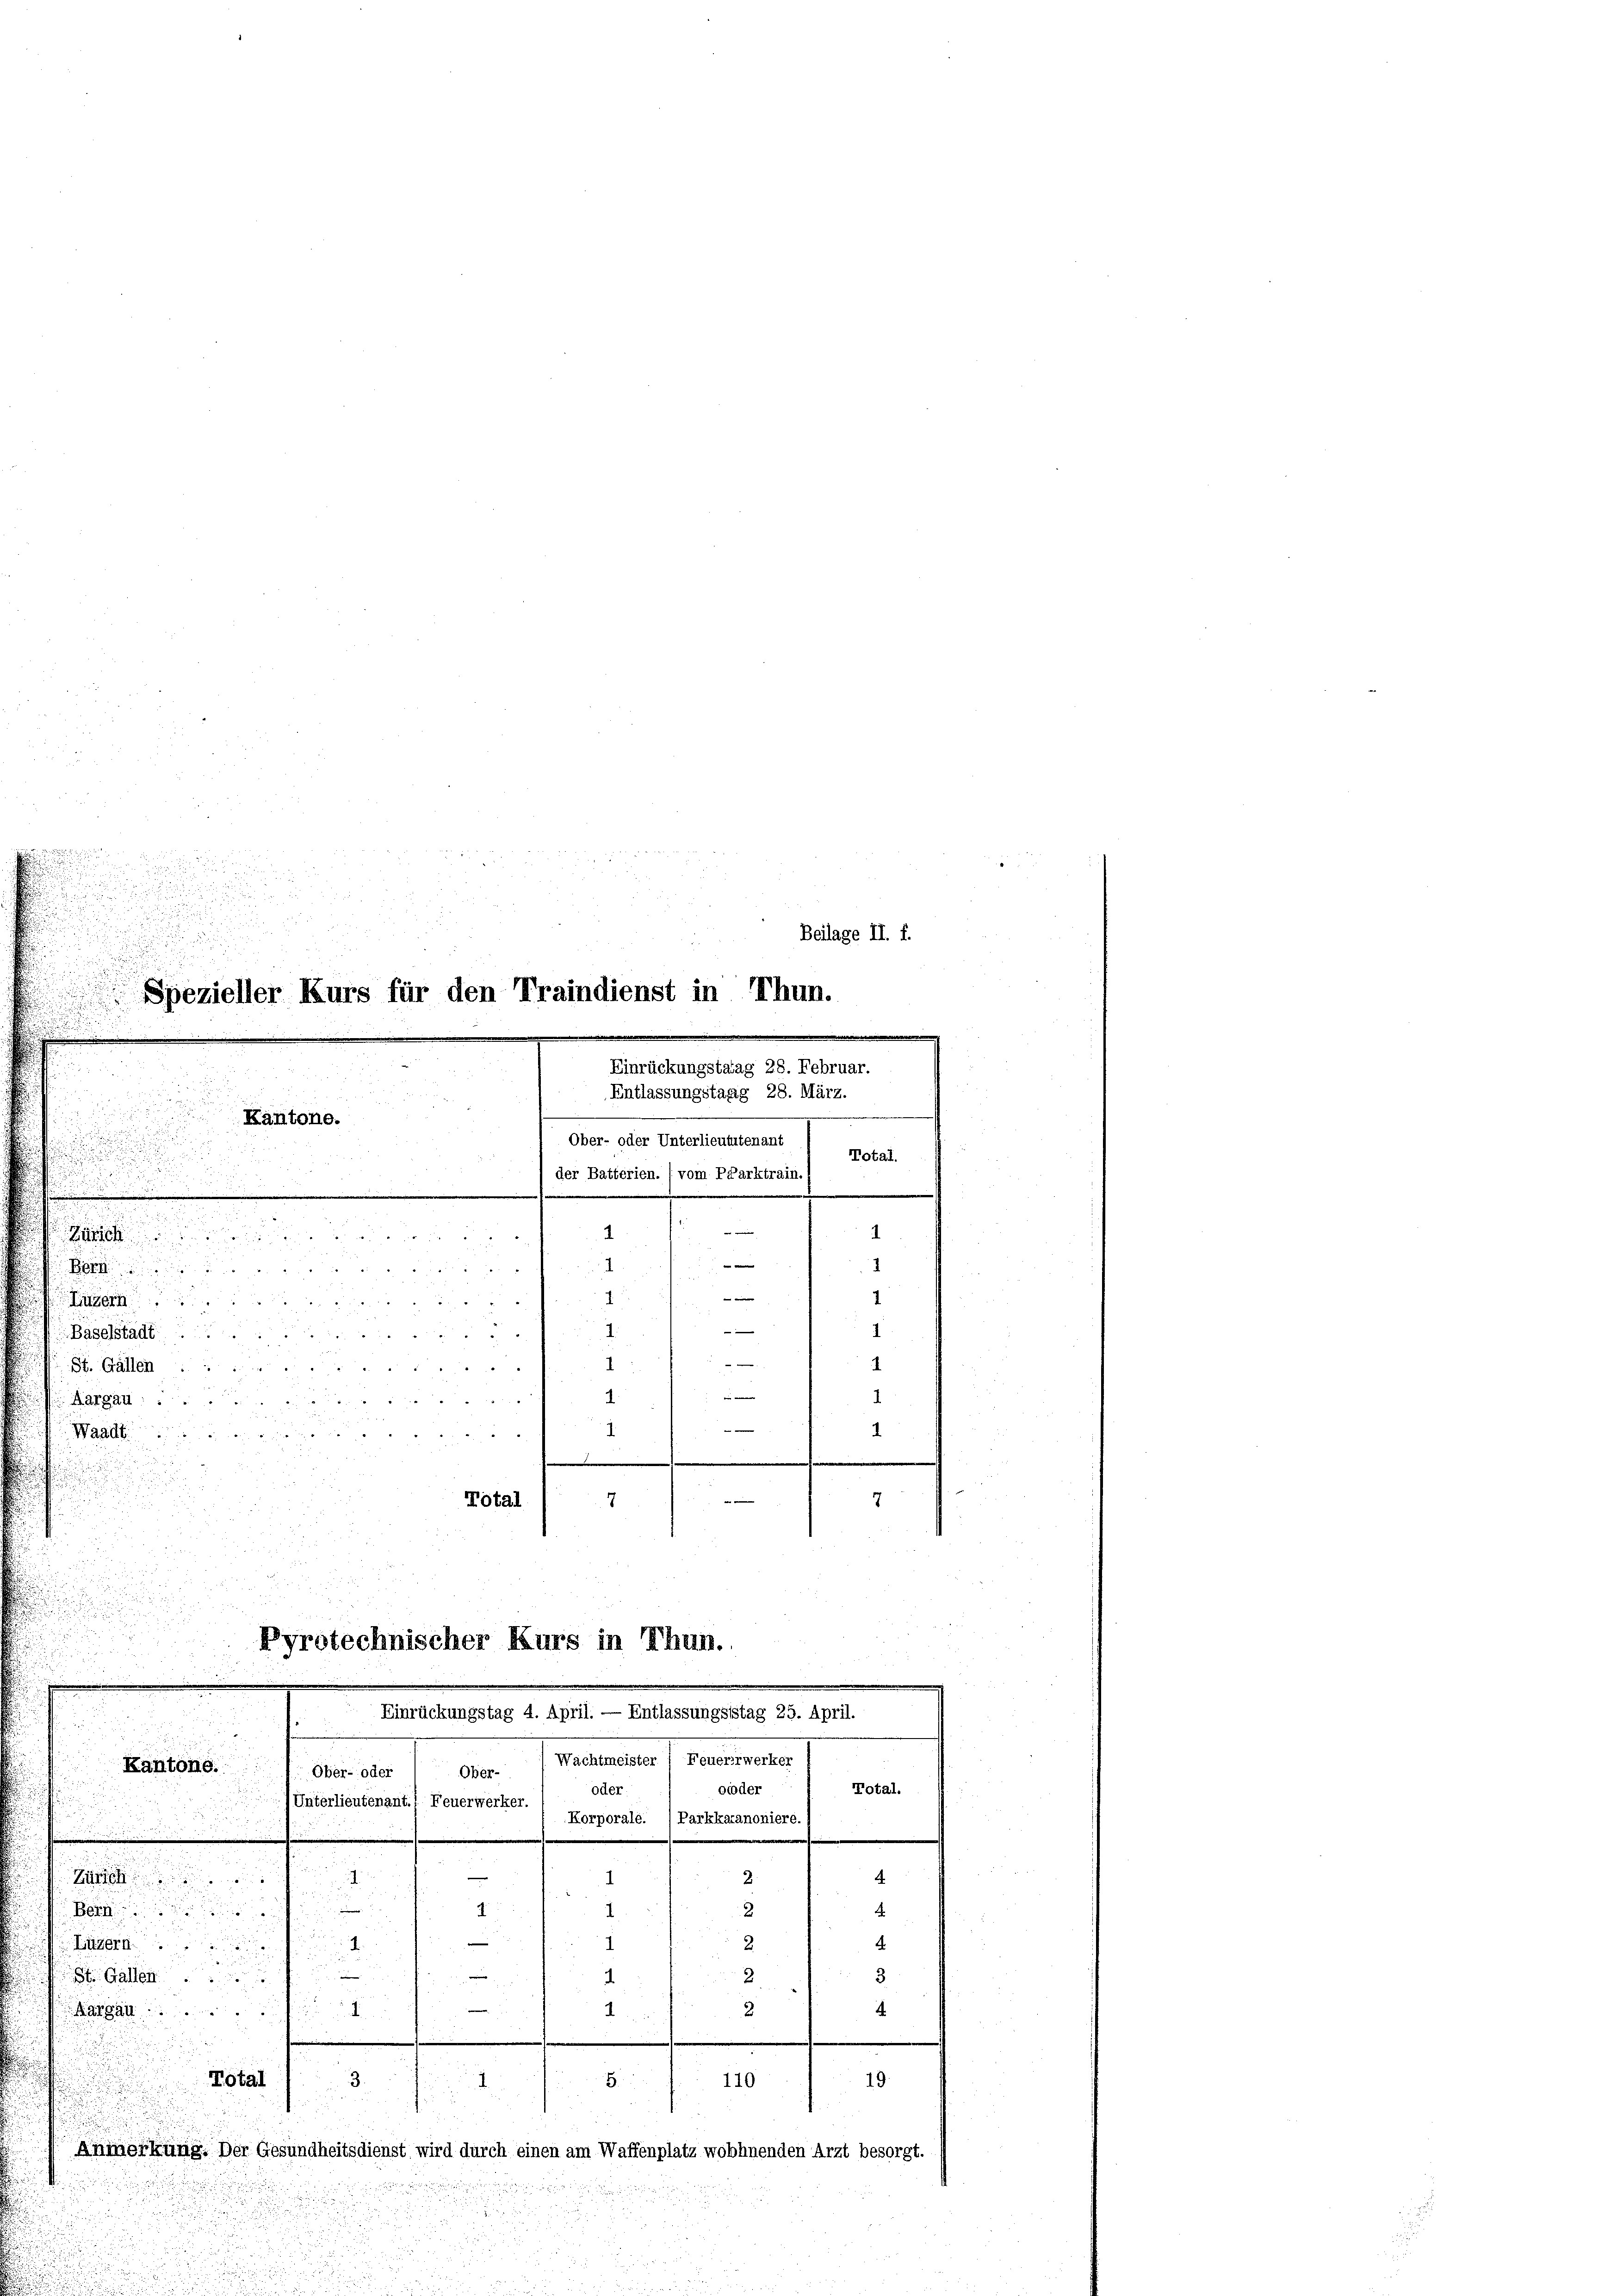
e

22 189
Beilage II. f.
Spezieller Kurs für den Traindienst in Thun.
.
.
Einrückungstatag 28. Februar.
Entlassungstaag 28. März.
f 5 x

Kantone.
u
u

Ober- oder Unterlieutenant / motal.

1
der Batterien. (vom Pfarktrain. (
.
m
.
.
—
1
4
Zürch
2
 x
B
.
—
 28
1
Luzern

1
1
Baselstadt ....

1
1
St. Gallen .....

4.
7 xxx
Aargau ....
g

8
—
Waadt

.

Total
7
7

Pyrotechnischer Kurs in Thun.
Einrückungstag 4. April. — Entlassungsfstag 25. April.
Wachtmeister 1 Feuererwerker
Kantone.
Ober- oder
Ober-

oder
ocoder
Unterlieutenant.) Feuerwerker.
Korporale. / Parkkaranoniere. (
e
4
Z
I
i
g
I
2
4
Bern
e
1
4.
2
2
Lägern
.
2
3.
.
St. Gallen

—
2.
agan
2
4
.
3.
d
Total
110
H
19.
Anmerkung. Der Gesundheitsdienst wird durch einen am Waffenplatz wohnenden Arzt besorgt.

2

Total.